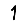
Digit: 1